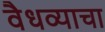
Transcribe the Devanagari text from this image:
वैधव्याचा